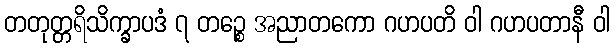
တတုတ္တရိသိက္ခာပဒံ ၇ တဉ္စေ အညာတကော ဂဟပတိ ဝါ ဂဟပတာနီ ဝါ